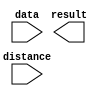
// megafunction wizard: %LPM_CLSHIFT%VBB%
// GENERATION: STANDARD
// VERSION: WM1.0
// MODULE: LPM_CLSHIFT 

// ============================================================
// Megafunction Name(s):
// 			LPM_CLSHIFT
//
// Simulation Library Files(s):
// 			
// ============================================================
// ************************************************************
// THIS IS A WIZARD-GENERATED FILE. DO NOT EDIT THIS FILE!
//
// 13.0.1 Build 232 06/12/2013 SP 1 SJ Web Edition
// ************************************************************

//Copyright (C) 1991-2013 Altera Corporation
//Your use of Altera Corporation's design tools, logic functions 
//and other software and tools, and its AMPP partner logic 
//functions, and any output files from any of the foregoing 
//(including device programming or simulation files), and any 
//associated documentation or information are expressly subject 
//to the terms and conditions of the Altera Program License 
//Subscription Agreement, Altera MegaCore Function License 
//Agreement, or other applicable license agreement, including, 
//without limitation, that your use is for the sole purpose of 
//programming logic devices manufactured by Altera and sold by 
//Altera or its authorized distributors.  Please refer to the 
//applicable agreement for further details.

module ALU_SHIFT_LEFT (
	data,
	distance,
	result);

	input	[31:0]  data;
	input	[4:0]  distance;
	output	[31:0]  result;

endmodule

// ============================================================
// CNX file retrieval info
// ============================================================
// Retrieval info: PRIVATE: INTENDED_DEVICE_FAMILY STRING "Cyclone IV GX"
// Retrieval info: PRIVATE: LPM_SHIFTTYPE NUMERIC "0"
// Retrieval info: PRIVATE: LPM_WIDTH NUMERIC "32"
// Retrieval info: PRIVATE: SYNTH_WRAPPER_GEN_POSTFIX STRING "1"
// Retrieval info: PRIVATE: lpm_widthdist NUMERIC "5"
// Retrieval info: PRIVATE: lpm_widthdist_style NUMERIC "1"
// Retrieval info: PRIVATE: new_diagram STRING "1"
// Retrieval info: PRIVATE: port_direction NUMERIC "0"
// Retrieval info: LIBRARY: lpm lpm.lpm_components.all
// Retrieval info: CONSTANT: LPM_SHIFTTYPE STRING "LOGICAL"
// Retrieval info: CONSTANT: LPM_TYPE STRING "LPM_CLSHIFT"
// Retrieval info: CONSTANT: LPM_WIDTH NUMERIC "32"
// Retrieval info: CONSTANT: LPM_WIDTHDIST NUMERIC "5"
// Retrieval info: USED_PORT: data 0 0 32 0 INPUT NODEFVAL "data[31..0]"
// Retrieval info: USED_PORT: distance 0 0 5 0 INPUT NODEFVAL "distance[4..0]"
// Retrieval info: USED_PORT: result 0 0 32 0 OUTPUT NODEFVAL "result[31..0]"
// Retrieval info: CONNECT: @data 0 0 32 0 data 0 0 32 0
// Retrieval info: CONNECT: @direction 0 0 0 0 GND 0 0 0 0
// Retrieval info: CONNECT: @distance 0 0 5 0 distance 0 0 5 0
// Retrieval info: CONNECT: result 0 0 32 0 @result 0 0 32 0
// Retrieval info: GEN_FILE: TYPE_NORMAL ALU_SHIFT_LEFT.v TRUE
// Retrieval info: GEN_FILE: TYPE_NORMAL ALU_SHIFT_LEFT.inc FALSE
// Retrieval info: GEN_FILE: TYPE_NORMAL ALU_SHIFT_LEFT.cmp FALSE
// Retrieval info: GEN_FILE: TYPE_NORMAL ALU_SHIFT_LEFT.bsf TRUE
// Retrieval info: GEN_FILE: TYPE_NORMAL ALU_SHIFT_LEFT_inst.v FALSE
// Retrieval info: GEN_FILE: TYPE_NORMAL ALU_SHIFT_LEFT_bb.v TRUE
// Retrieval info: GEN_FILE: TYPE_NORMAL ALU_SHIFT_LEFT_syn.v TRUE